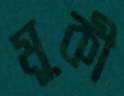
মূকী